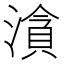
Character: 㵅